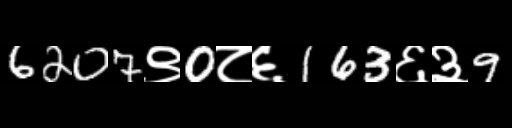
Text: 6207९0८६163६३9